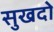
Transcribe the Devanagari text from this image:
सुखदो